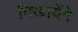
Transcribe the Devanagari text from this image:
दिखायेंगे